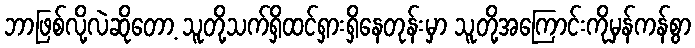
ဘာဖြစ်လို့လဲဆိုတော့ သူတို့သက်ရှိထင်ရှားရှိနေတုန်းမှာ သူတို့အကြောင်းကိုမှန်ကန်စွာ